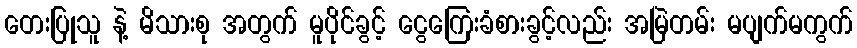
တေးပြုသူ နဲ့ မိသားစု အတွက် မူပိုင်ခွင့် ငွေကြေးခံစားခွင့်လည်း အမြဲတမ်း မပျက်မကွက်